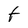
Character: f